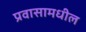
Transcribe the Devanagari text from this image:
प्रवासामधील